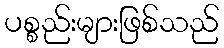
ပစ္စည်းများဖြစ်သည်